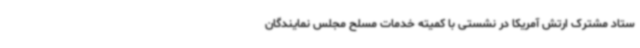
ستاد مشترک ارتش آمریکا در نشستی با کمیته خدمات مسلح مجلس نمایندگان